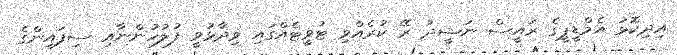
އިދިކޮޅު އެމްޑީޕީގެ ރައީސް ނަޝީދު ރޭ ކުރެއްވި ޓުވީޓެއްގައި ވިދާޅުވީ ފުލުހުންނާއި ސިފައިންގެ